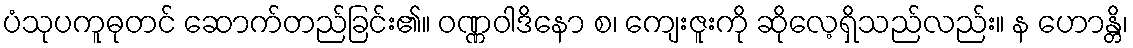
ပံသုပကူဓုတင် ဆောက်တည်ခြင်း၏။ ဝဏ္ဏဝါဒိနော စ၊ ကျေးဇူးကို ဆိုလေ့ရှိသည်လည်း။ န ဟောန္တိ၊